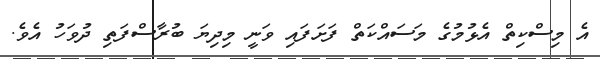
އެ މިސްކިތް އެޅުމުގެ މަސައްކަތް ފަށަފައި ވަނީ މިދިޔަ ބުރާސްފަތި ދުވަހު އެވެ.